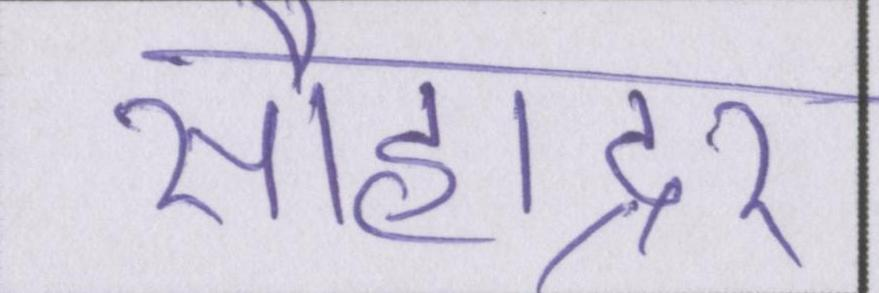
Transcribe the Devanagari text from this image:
सौहाद्र्र